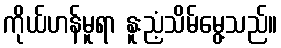
ကိုယ်ဟန်မူရာ နူးညံ့သိမ်မွေ့သည်။